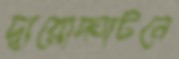
দ্বারোদ্ঘাটনে